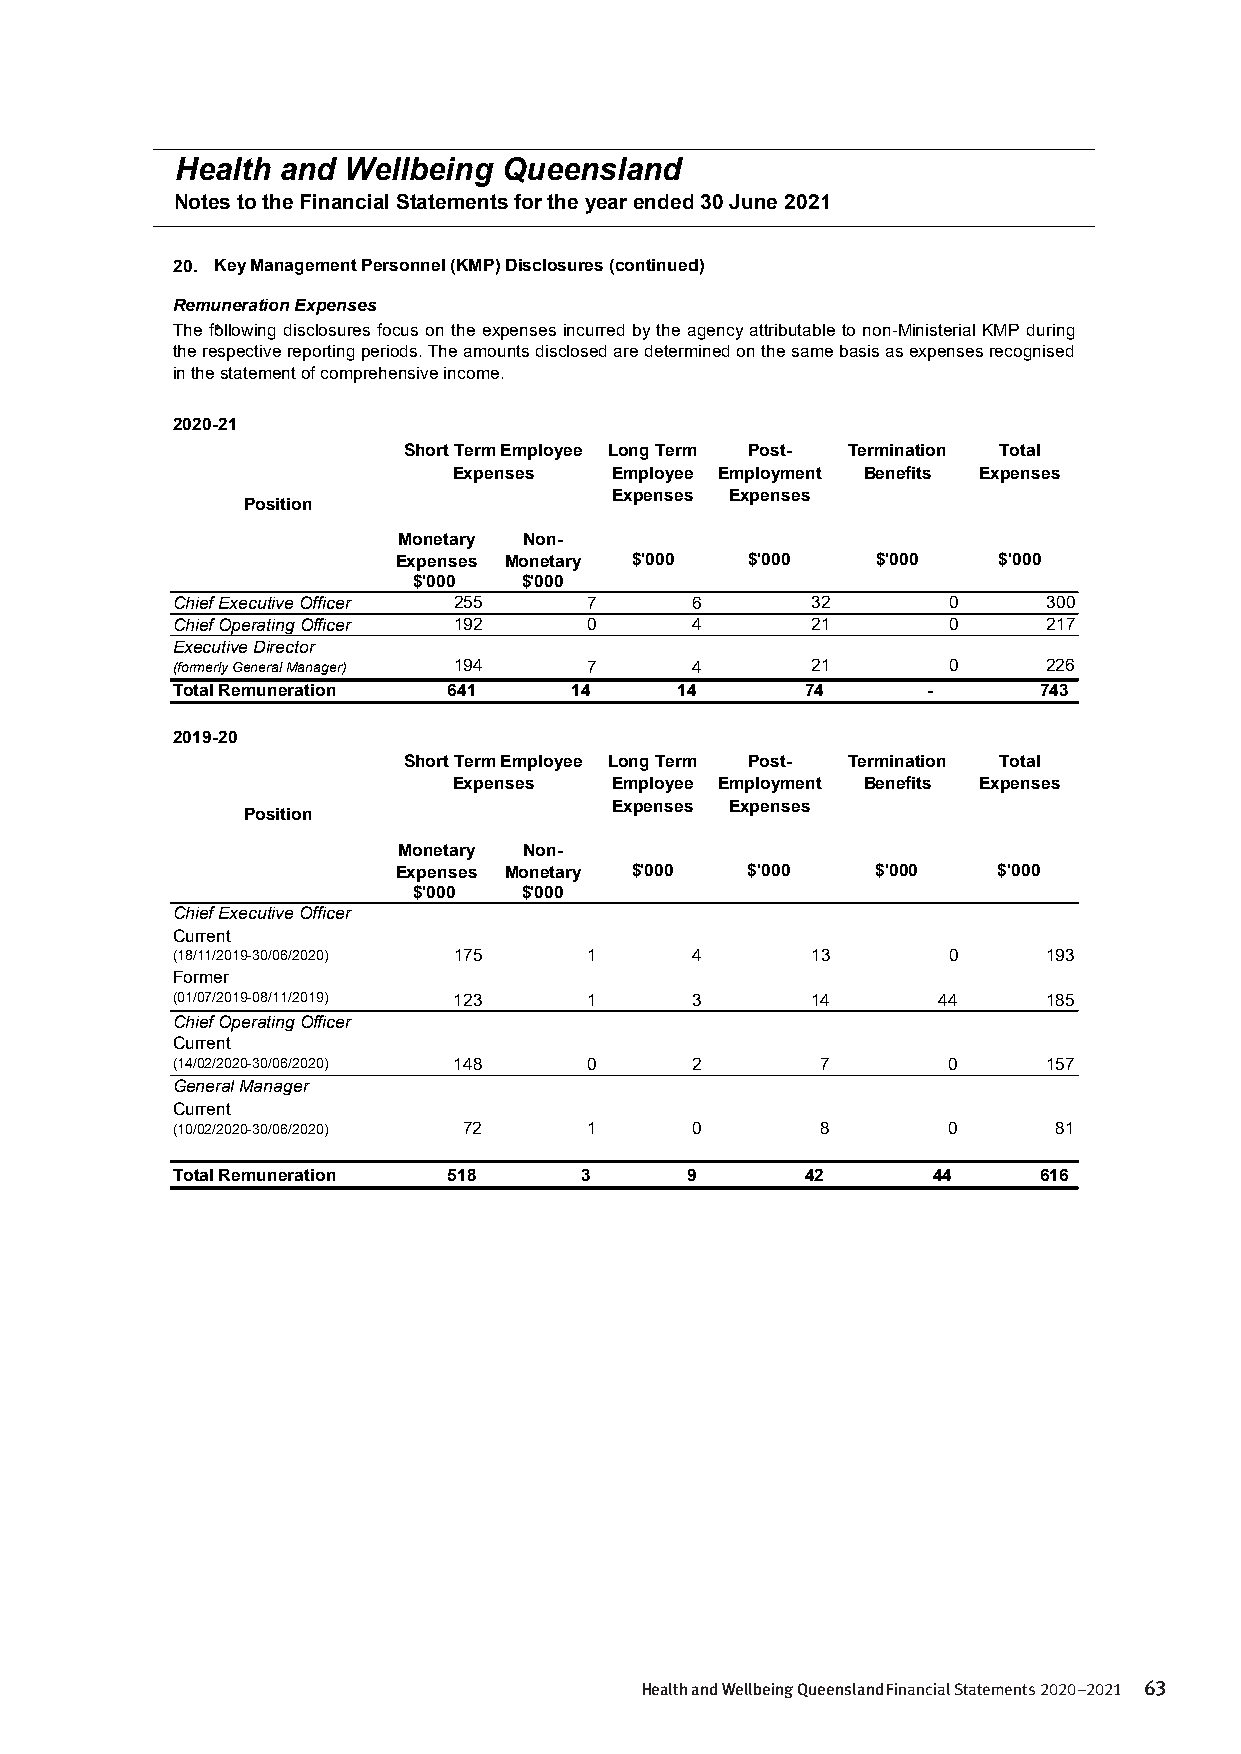
Health and Wellbeing Queensland
 Notes to the Financial Statements for the year ended 30 June 2021
 20. Key Management Personnel (KMP) Disclosures (continued)
 Remuneration Expenses
 The following disclosures focus on the expenses incurred bythe agencyattributable to non-Ministerial KMPduring
 therespectivereportingperiods.Theamountsdisclosedaredeterminedonthesamebasisasexpensesrecognised
 in the statement of comprehensive income.
 2020-21
 Short Term Employee Long Term Post- Termination Total
 Expenses  Employee Employment Benefits Expenses
 Expenses Expenses
 Position
 Monetary Non-
 Expenses Monetary $'000 $'000   $'000   $'000
 $'000   $'000
 Chief Executive Officer 255 7      6       32       0     300
 Chief Operating Officer 192 0      4       21       0     217
 Executive Director
 (formerly General Manager) 194 7   4       21       0     226
 Total Remuneration 641     1 4    14      7 4     -       743
 2019-20
 Short Term Employee Long Term Post- Termination Total
 Expenses  Employee Employment Benefits Expenses
 Expenses Expenses
 Position
 Monetary Non-
 Expenses Monetary $'000 $'000   $'000   $'000
 $'000   $'000
 Chief Executive Officer
 Current
 (18/11/2019-30/06/2020) 175 1      4       13       0     193
 Former
 (01/07/2019-08/11/2019) 123 1      3       14      44     185
 Chief Operating Officer
 Current
 (14/02/2020-30/06/2020) 148 0      2       7        0     157
 General Manager
 Current
 (10/02/2020-30/06/2020) 72  1      0       8        0      81
 Total Remuneration 518     3      9       4 2      4 4    616
 - 20 -
 Health and Wellbeing Queensland Financial Statements 2020–2021 63